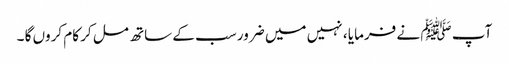
آپ ﷺ نے فرمایا ، نہیں میں ضرور سب کے ساتھ مل کر کام کروں گا ۔